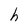
Character: h